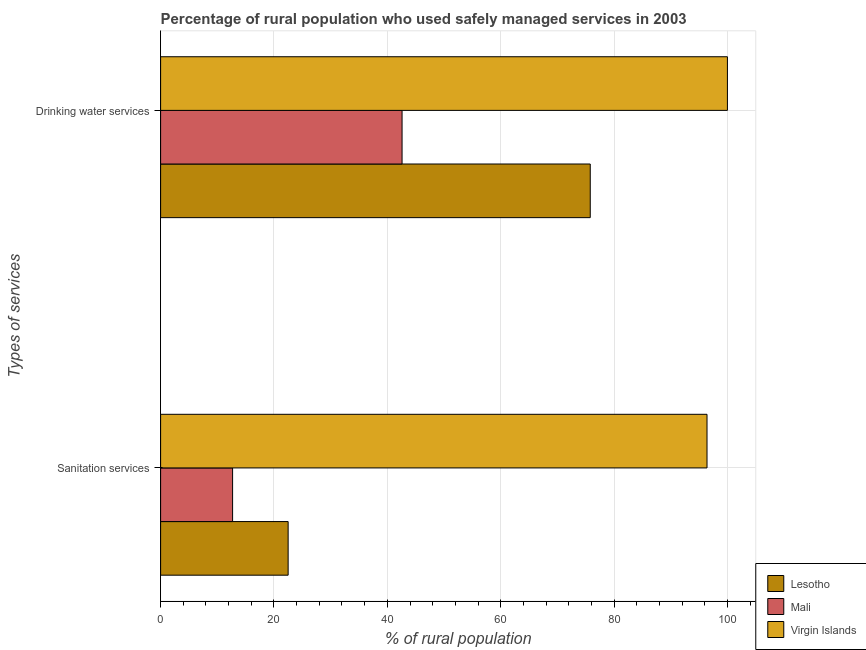
| Types of services | Lesotho | Mali | Virgin Islands |
 | --- | --- | --- | --- |
 | Sanitation services | 22.5 | 12.7 | 96.4 |
 | Drinking water services | 75.8 | 42.6 | 100 |